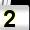
Digit: 2